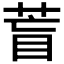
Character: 𦱋